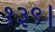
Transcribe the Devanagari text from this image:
१३९।